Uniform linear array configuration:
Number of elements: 24
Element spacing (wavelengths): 0.25
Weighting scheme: uniform
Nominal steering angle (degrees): -60
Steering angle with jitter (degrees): -58.527
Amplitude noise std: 0.05
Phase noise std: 0.05

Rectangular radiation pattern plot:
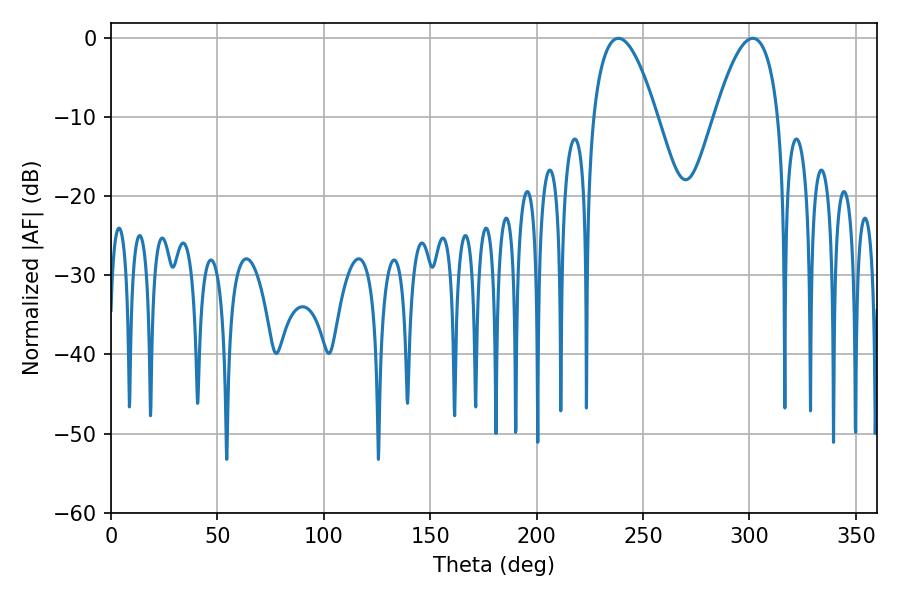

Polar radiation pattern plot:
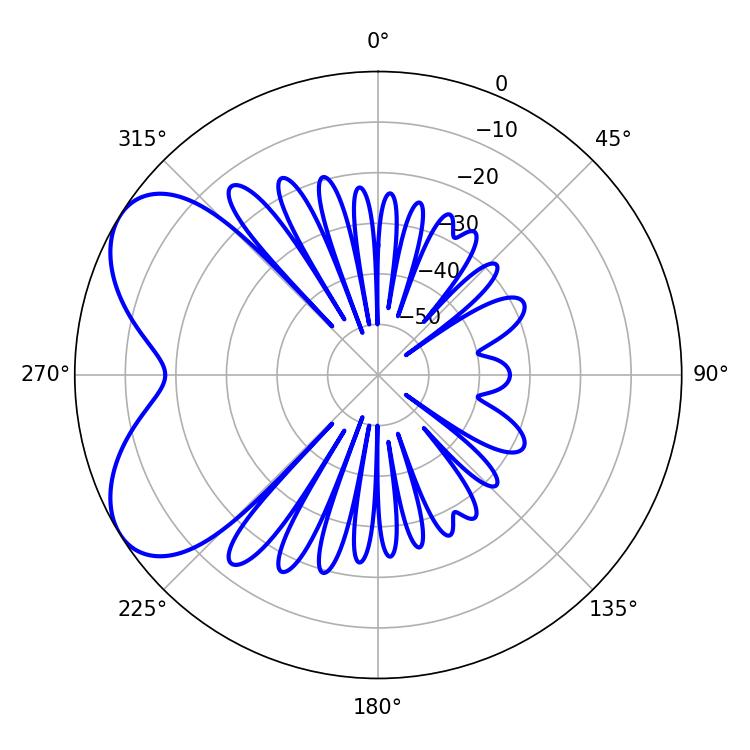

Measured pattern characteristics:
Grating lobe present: FALSE
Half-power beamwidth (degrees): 16.38
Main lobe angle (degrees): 301.5